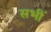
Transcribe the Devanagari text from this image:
सभीं